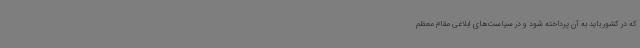
که در کشور باید به آن پرداخته شود و در سیاست‌های ابلاغی مقام معظم